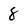
Character: 8